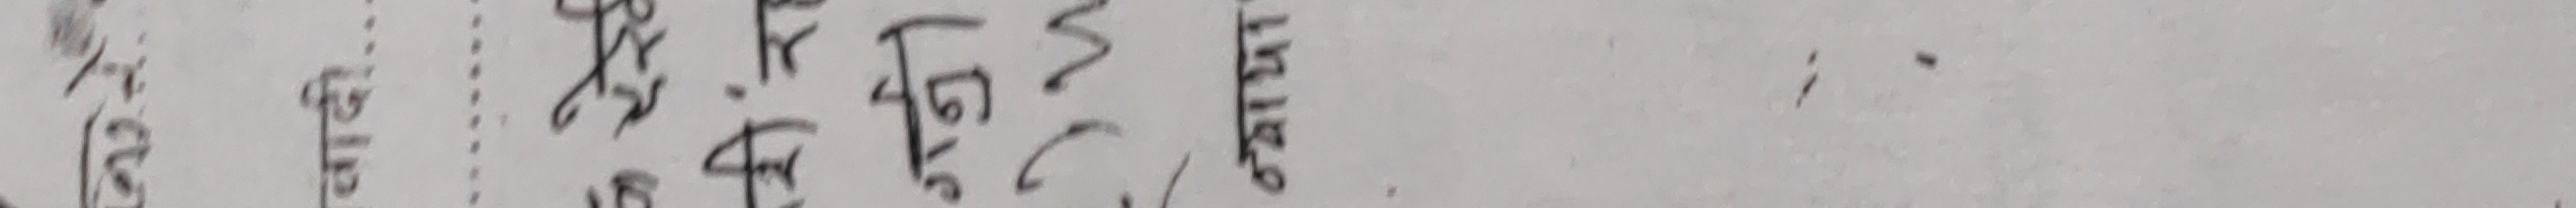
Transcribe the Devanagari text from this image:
राराइछ।